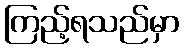
ကြည့်ရသည်မှာ